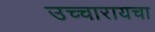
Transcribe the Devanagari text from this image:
उच्चारायचा